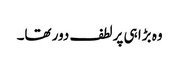
وہ بڑا ہی پرلطف دور تھا۔